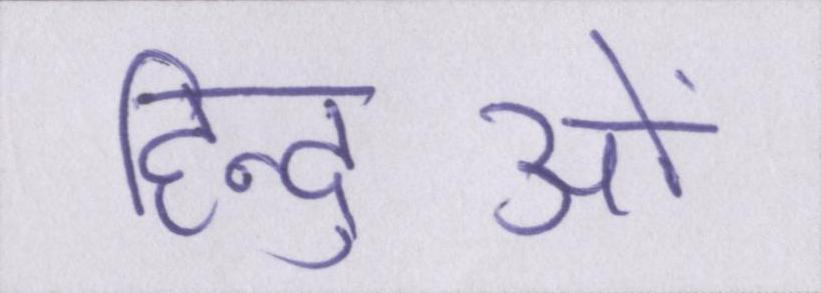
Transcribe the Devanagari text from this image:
हिन्दुओं